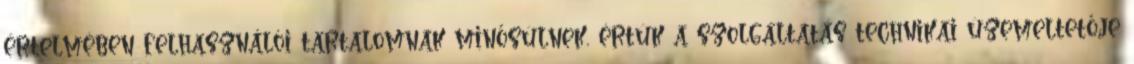
értelmében felhasználói tartalomnak minősülnek, értük a szolgáltatás technikai üzemeltetője